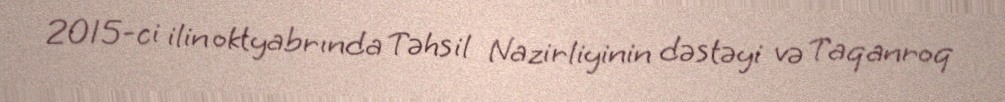
2015-ci ilin oktyabrında Təhsil Nazirliyinin dəstəyi və Taqanroq